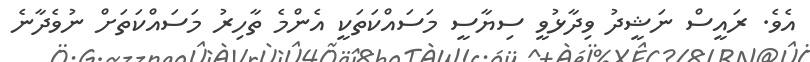
އެވެ. ރައީސް ނަޝީދު ވިދާޅުވީ ސިޔާސީ މަސައްކަތަކީ އެންމެ ތާހިރު މަސައްކަތަށް ނުވެދާނެ